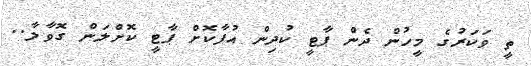
ތީ ވަކަރުގެ މީހުން ދެން ޕާޓީ ކުދިން އުފާކޮށް ޕާޓީ ކޮށްލަން ގޮވާލާ..